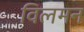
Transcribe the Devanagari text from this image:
विलमन